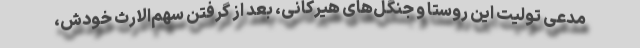
مدعی تولیت این روستا و جنگل‌های هیرکانی، بعد از گرفتن سهم‌الارث خودش،